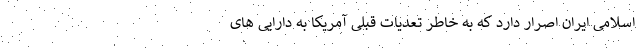
اسلامی ایران اصرار دارد که به خاطر تعدیات قبلی آمریکا به دارایی های